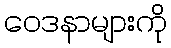
ဝေဒနာများကို